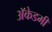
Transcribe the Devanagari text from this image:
अॅकेडमी